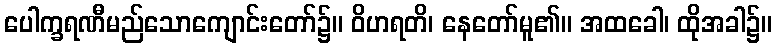
ပေါက္ခရဏီမည်သောကျောင်းတော်၌။ ဝိဟရတိ၊ နေတော်မူ၏။ အထခေါ၊ ထိုအခါ၌။